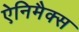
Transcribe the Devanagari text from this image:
ऐनिमैक्स